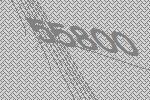
55800